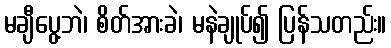
မချီပွေ့ဘဲ၊ စိတ်အားခဲ၊ မနဲချုပ်၍ ပြန်သတည်း။